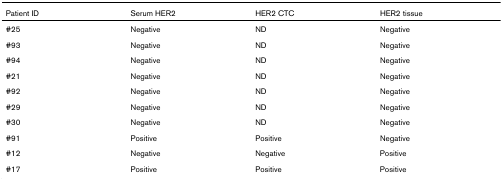
| Patient ID | Serum HER2 | HER2 CTC | HER2 tissue |
 | --- | --- | --- | --- |
 | #25 | Negative | ND | Negative |
 | #93 | Negative | ND | Negative |
 | #94 | Negative | ND | Negative |
 | #21 | Negative | ND | Negative |
 | #92 | Negative | ND | Negative |
 | #29 | Negative | ND | Negative |
 | #30 | Negative | ND | Negative |
 | #91 | Positive | Positive | Negative |
 | #12 | Negative | Negative | Positive |
 | #17 | Positive | Positive | Positive |